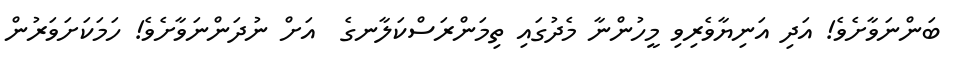
ބަންނަވާށެވެ! އަދި އަނިޔާވެރިވި މީހުންނާ މެދުގައި ތިމަންރަސްކަލާނގެ  އަށް ނުދަންނަވާށެވެ! ހަމަކަށަވަރުން